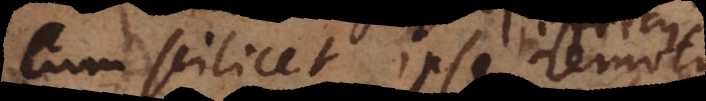
Cum scilicet ipse remotus